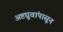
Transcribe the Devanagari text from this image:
अष्टध्रुवांपासून